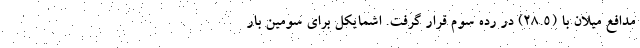
مدافع میلان با (۲۸.۵) در رده سوم قرار گرفت. اشمایکل برای سومین بار